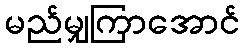
မည်မျှကြာအောင်